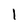
Character: I